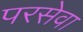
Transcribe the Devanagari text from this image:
परसेवा